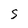
Character: S